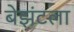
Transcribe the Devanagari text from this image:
बेझंटला